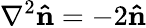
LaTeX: \nabla^{2}\mathbf{\hat{n}}=-2\mathbf{\hat{n}}